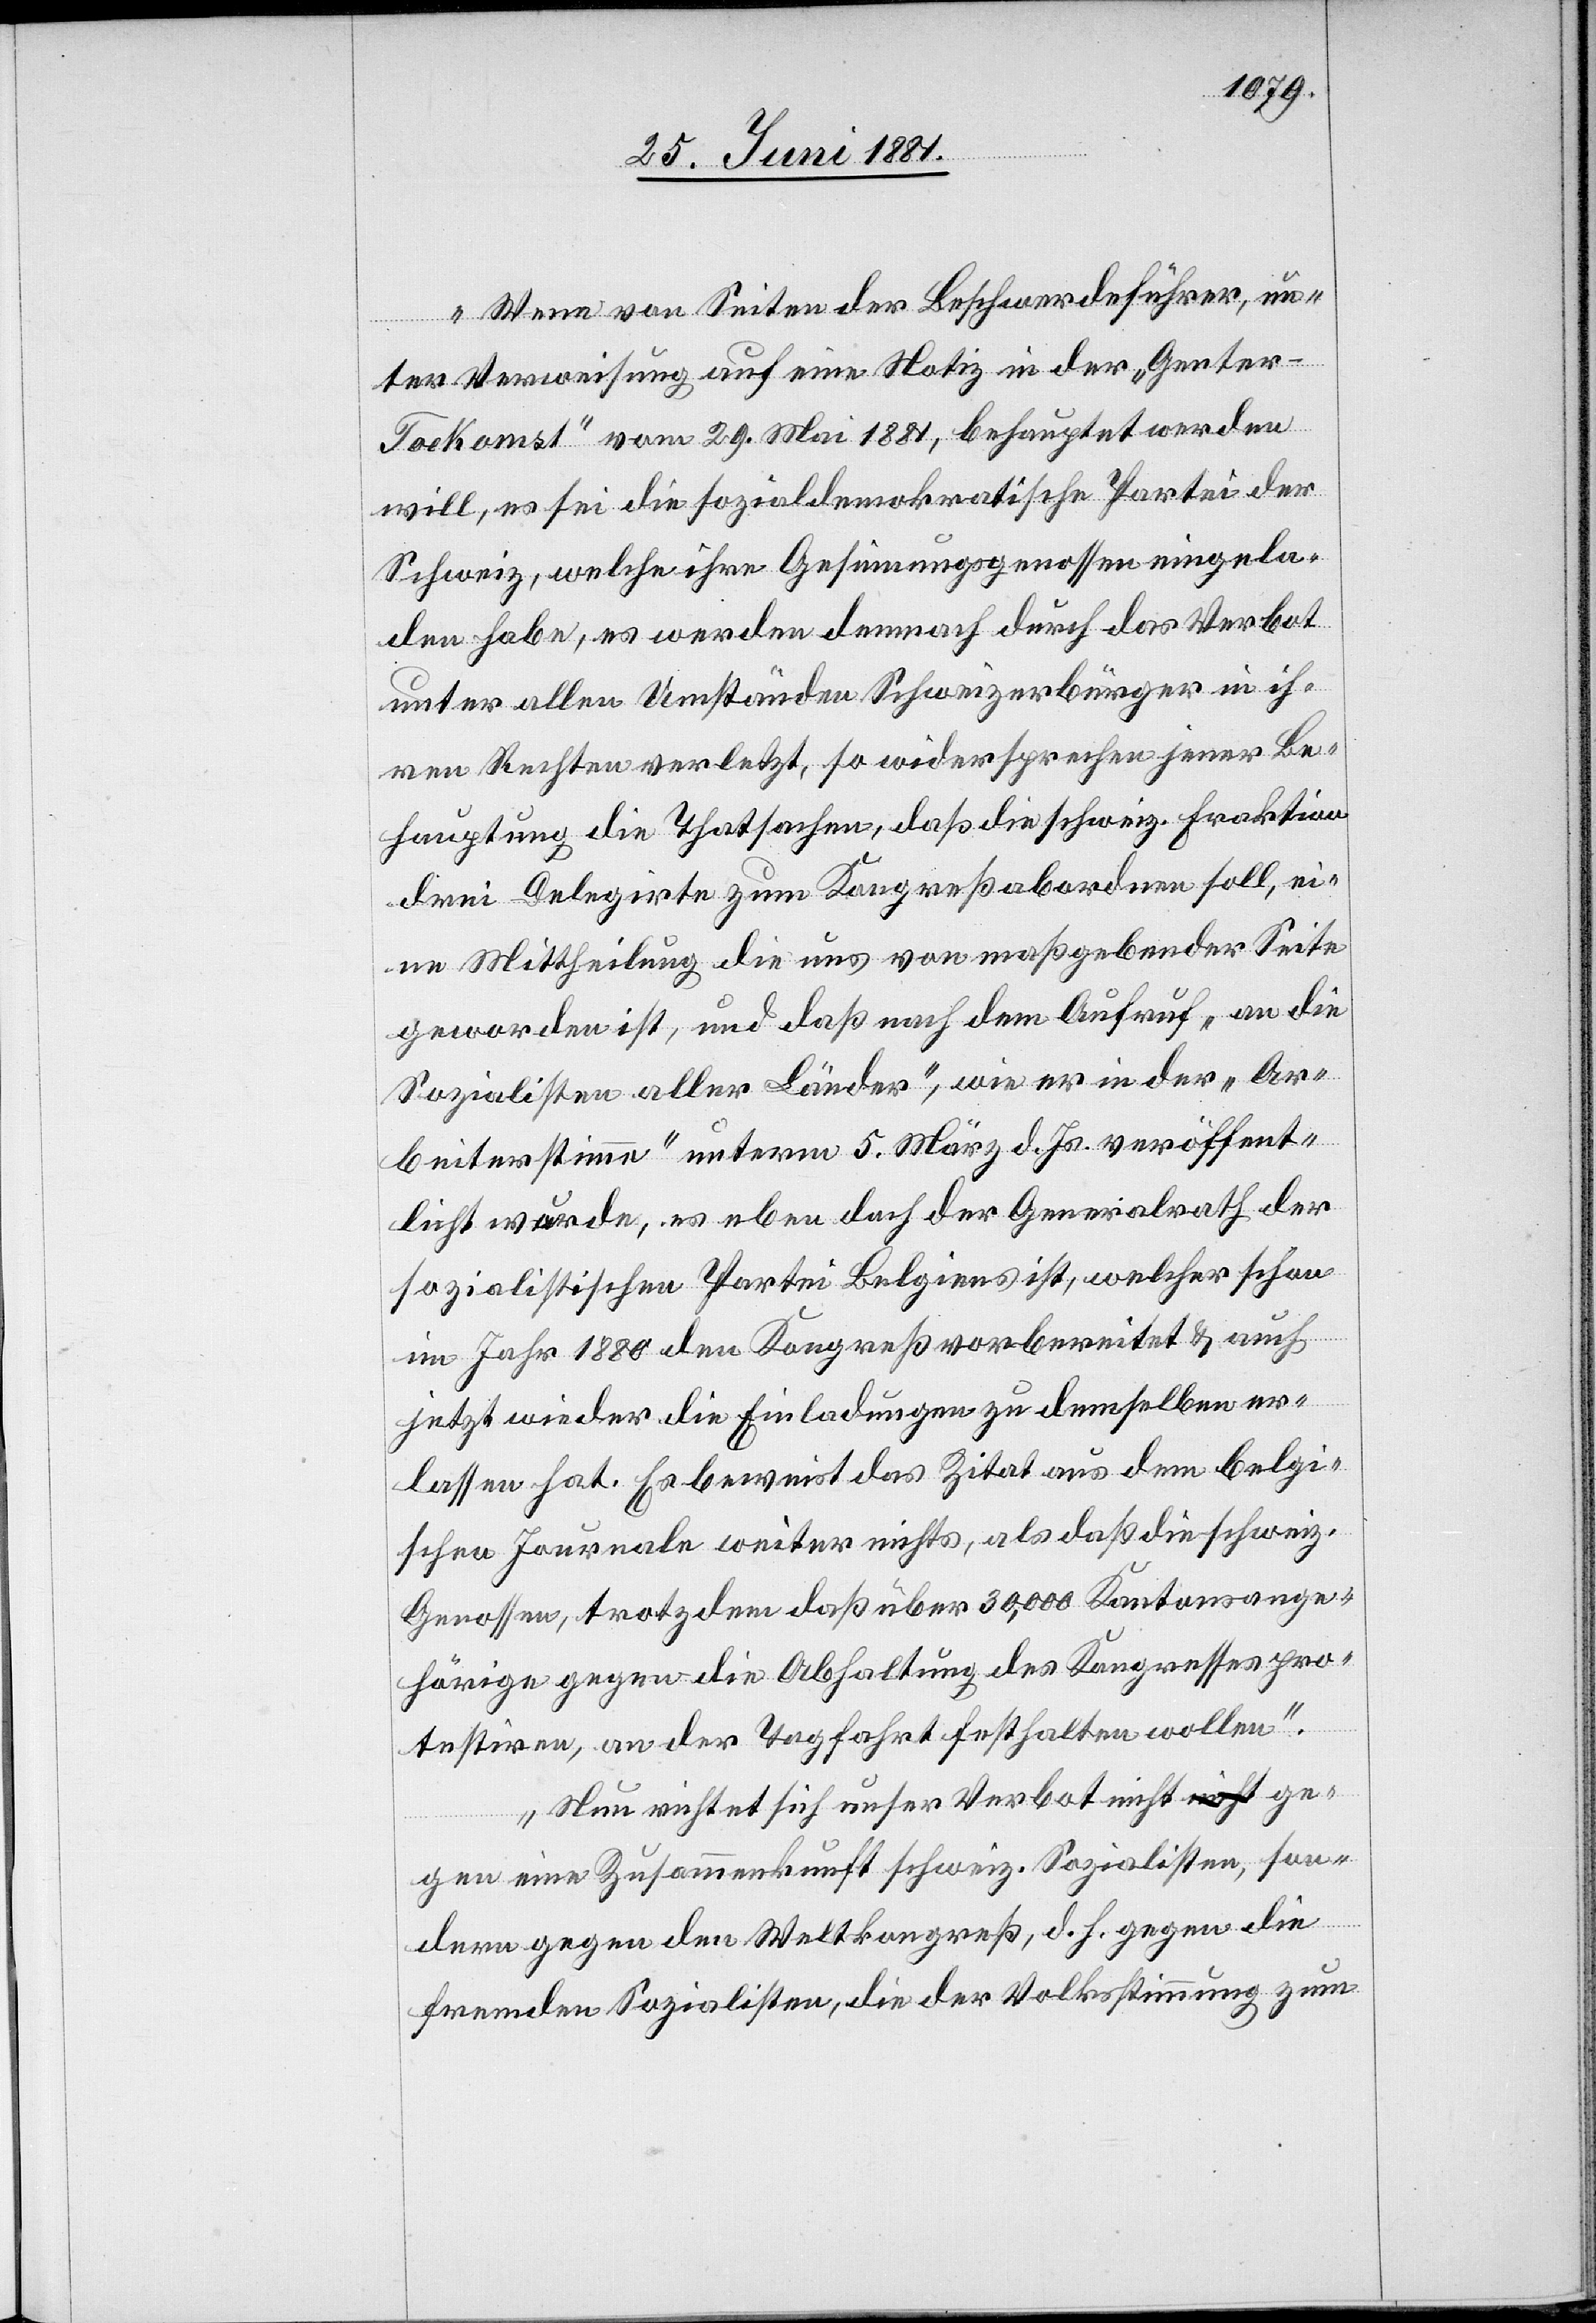
Wenn von Seiten der Beschwerdeführer, un¬
ter Verweisung auf eine Notiz in der „Genter-T¬
oekomst“ vom 29. Mai 1881, behauptet werden
will, es sei die sozialdemokratische Partei der
Schweiz, welche ihre Gesinnungsgenossen eingela¬
den habe, es werden demnach durch das Verbot
unter allen Umständen Schweizerbürger in ih¬
ren Rechten verletzt, so widersprechen jeder Be¬
hauptung die Thatsachen, daß die schweiz. Fraktion
drei Delegirte zum Kongreß abordnen soll, ei¬
ne Mittheilung die uns von maßgebender Seite
geworden ist, und daß nach dem Aufruf „an die
Sozialisten aller Länder“, wie er in der „Ar¬
beiterstimme“ unterm 5. März d. Js. veröffent¬
licht wurde, es eben doch der Generalrath der
sozialistischen Partei Belgiens ist, welcher schon
im Jahr 1880 den Kongreß vorbereitet & auch
jetzt wieder die Einladungen zu demselben er¬
lassen hat. Es beweist das Zitat aus dem belgi¬
schen Journale weiter nichts, als daß die schweiz.
Genossen, trotzdem daß über 30,000 Kantonsange¬
hörige gegen die Abhaltung des Kongresses pro¬
testiren, an der Tagfahrt festhalten wollen.
Nun richtet sich unser Verbot nicht ge¬
gen eine Zusammenkunft schweiz. Sozialisten, son¬
dern gegen den Weltkongreß, d. h. gegen die
fremden Sozialisten, die der Volksstimmung zum